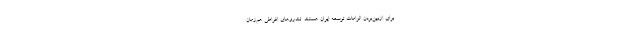
برای ازبین‌بردن الزامات توسعه ایران هستند. تندروهای افراطی هم‌زمان